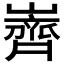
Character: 𮱲